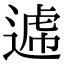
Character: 𨕑